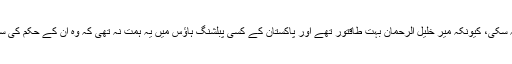
کتاب چھپ نہ سکی، کیونکہ میر خلیل الرحمان بہت طاقتور تھے اور پاکستان کے کسی پبلشنگ ہاؤس میں یہ ہمت نہ تھی کہ وہ اُن کے حکم کی سرتابی کرتے۔